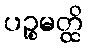
ပဉ္စမတ္ထိ